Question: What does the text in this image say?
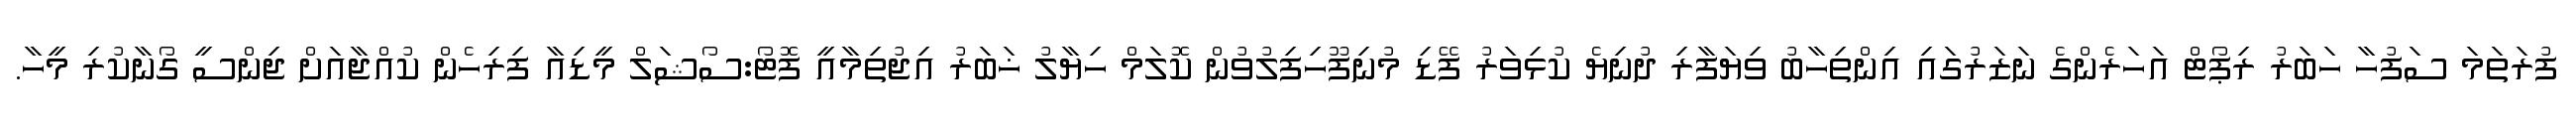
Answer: ފުރަތަމަ ސަފުހާ ހަބަރު ރިޕޯޓް އަހަރެންގެ ނަޒަރުގައި އިންތިހާބު ވިޔަފާރި ދުނިޔެ ކުޅިވަރު ފޭޑި މުނިފޫހިފިލުވުން ކޮލަމް ހިޔާލު ޚަބަރު އިޖުތިމާއީ ފޮޓޯ:ސޯޝަލް މީޑިއާ ފިރިހެން ކުއްޖާއަށް ޖިންސީ ގޯނާކުރި މީހާ.